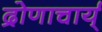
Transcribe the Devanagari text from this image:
द्रोणाचार्य्